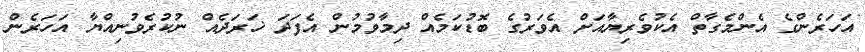
އަހަރެންގެ އެންމެގާތް އެކުވެރިޔާއަށް އެވަރުގެ ބޮޑުކަމެއް ދިމާވުމުން އެފަދަ ޚަރަދެއް ނުކުރެވުނިއްޔާ އަހަރެން